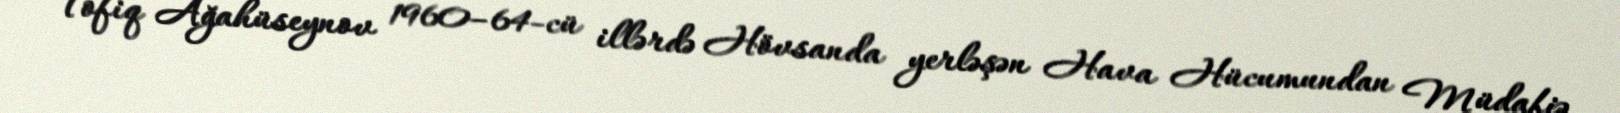
Tofiq Ağahüseynov 1960–64-cü illərdə Hövsanda yerləşən Hava Hücumundan Müdafiə